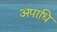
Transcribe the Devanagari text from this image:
अपाधि